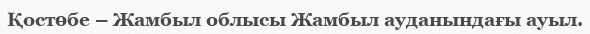
Қостөбе – Жамбыл облысы Жамбыл ауданындағы ауыл.